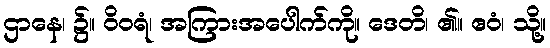
ဌာနေ၊ ၌။ ဝိဝရံ၊ အကြားအပေါက်ကို။ ဒေတိ၊ ၏။ ဧဝံ၊ သို့။